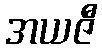
အယဇီ